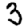
Digit: 3